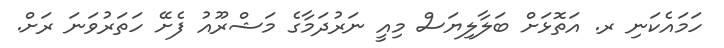
ހަމައެކަނި ރ. އަތޮޅަށް ބަލާލިޔަސް މިއީ ނަރުދަމާގެ މަޝްރޫއު ފެށޭ ހަތަރުވަނަ ރަށް.